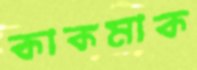
কাকমাক